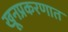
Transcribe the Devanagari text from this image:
खूनप्रकरणात